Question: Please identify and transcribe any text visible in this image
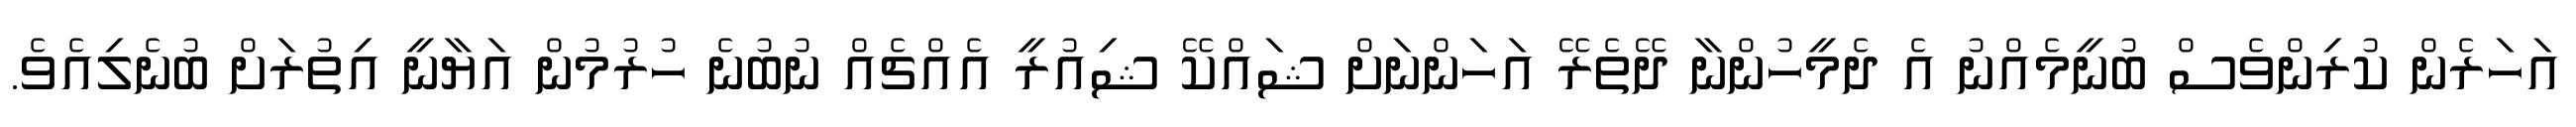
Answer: އަހަރެން ކުރިންވެސް ބުނީމެއްނު އެ ދެމީހުންނާ ދޭތެރޭ އަހަންނަށް ޝައްކޭ ޝިއުރީ އެއްޗެއް ނުބުނެ ހުރުމުން އަޔާނީ އިތުރަށް ބުނެލިއެވެ.